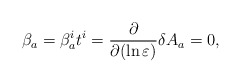
\begin{align*}\beta_a = \beta_a^i t^i = \frac{\partial}{\partial (\ln \varepsilon)} \delta A_a =0,\end{align*}